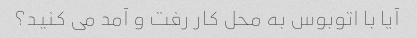
آیا با اتوبوس به محل کار رفت و آمد می کنید؟